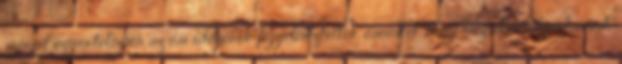
szerint egyértelműen az ősi idegenek figyelmeztették őseinket, hogy megakadályozhassuk